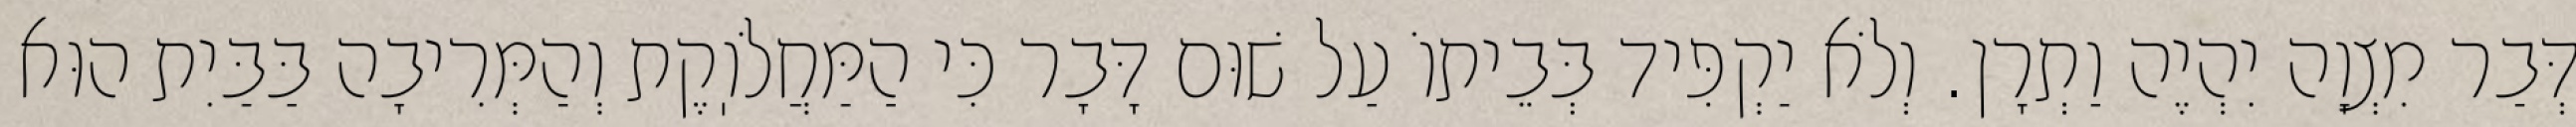
דְּבַר מִצְוָה יִהְיֶה וַתְרָן. וְלֹא יַקְפִּיד בְּבֵיתוֹ עַל שׁוּם דָּבָר כִּי הַמַּחֲלֹוֽקֶת וְהַמְּרִיבָה בַּבַּיִת הוּא